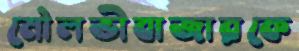
মৌলভীবাজারকে